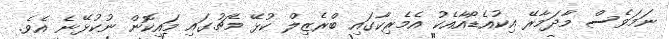
ނަމަވެސް މާދަމާރޭ އިކުއެޑޯއާއެކު އެމެރިކާގައި ބްރެޒިލް ކުޅޭ މެޗުގައި މައިކޮން ނުކުޅޭނެ އެވެ.